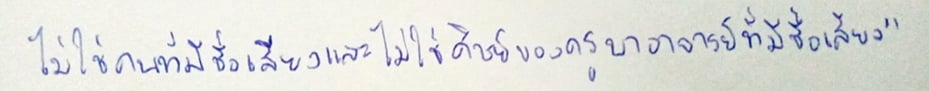
ไม่ใช่คนมีชื่อเสียงและไม่ใช่ศิษย์ของครูบาอาจารย์ที่มีชื่อเสียง"